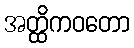
အတ္ထိကဝတော